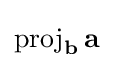
\operatorname {proj} _{\mathbf {b} }\mathbf {a}